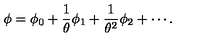
\phi = \phi _ { 0 } + { \frac { 1 } { \theta } } \phi _ { 1 } + { \frac { 1 } { \theta ^ { 2 } } } \phi _ { 2 } + \cdots .